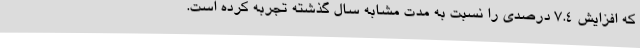
که افزایش 7.4 درصدی را نسبت به مدت مشابه سال گذشته تجربه کرده است.